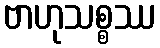
ဗာဟုသစ္စဿ